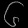
Digit: ၆